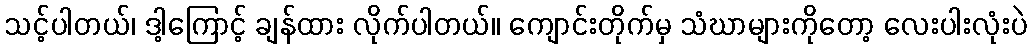
သင့်ပါတယ်၊ ဒါ့ကြောင့် ချန်ထား လိုက်ပါတယ်။ ကျောင်းတိုက်မှ သံဃာများကိုတော့ လေးပါးလုံးပဲ